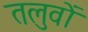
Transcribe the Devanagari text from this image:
तलुवों